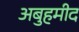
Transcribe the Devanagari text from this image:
अबुहमीद